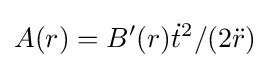
A(r)=B'(r){\dot {t}}^{2}/(2{\ddot {r}})